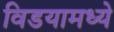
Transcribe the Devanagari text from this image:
विडयामध्ये